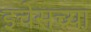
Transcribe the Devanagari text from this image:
इचेसच्या